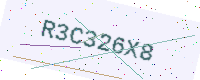
Text: R3C326X8